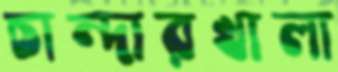
চান্দারখালা